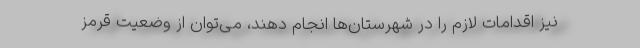
نیز اقدامات لازم را در شهرستان‌ها انجام دهند، می‌توان از وضعیت قرمز